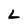
Character: L